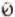
0